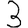
Digit: 3